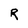
Character: R